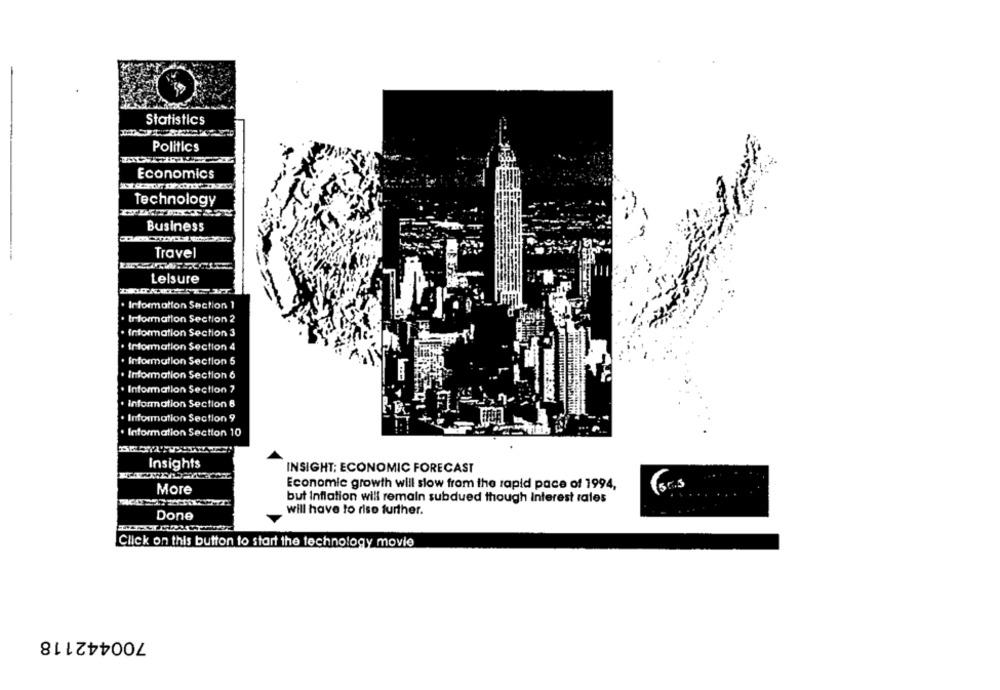
Statistics
-
Politics
Economics
Technology
Business
Travel
Lelsure
. Information Section 1
. trformation Section 2
. Information Section 3
trformation Section 4
· Information Section 5
. Information Section 6
+ Information Section ?
. Information Section 8
. Information Section 9
Information Section 10
Insights
INSIGHT; ECONOMIC FORECAST
More
Economic growth will slow from the rapid pace of 1994,
but Inflation will remain subdued though Interest rates
will have to riso further.
Done
Click on this button to start the technology movie
700442118